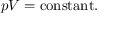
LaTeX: p V = \mathrm { c o n s t a n t } . \,